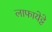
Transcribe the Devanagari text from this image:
लाफायेट्टे